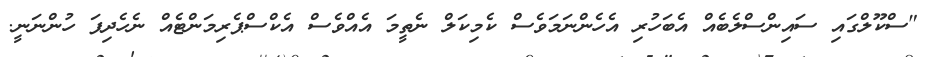
"ސްކޫލްގައި ސައިންސްލެބެއް އެބަހުރި އެހެންނަމަވެސް ކެމިކަލް ނެތީމަ އެއްވެސް އެކްސްޕެރިމަންޓެއް ނެހެދިފަ ހުންނަނީ.